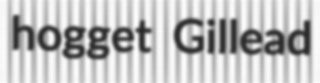
hogget Gillead